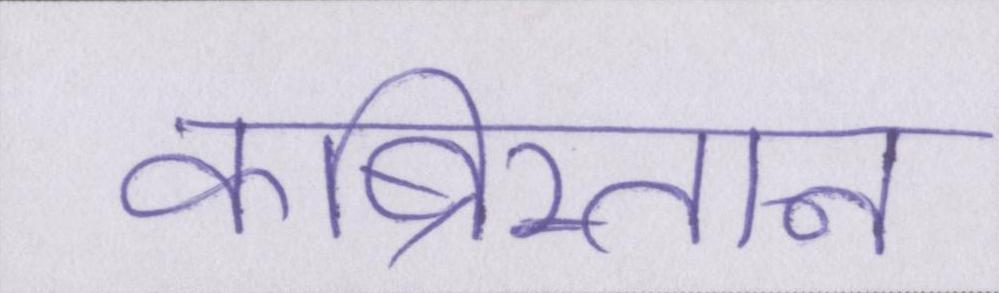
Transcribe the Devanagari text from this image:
कब्रिस्तान